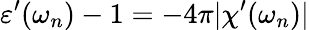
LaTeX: \varepsilon^{\prime}(\omega_{n})-1=-4\pi|\chi^{\prime}(\omega_{n})|